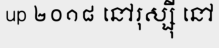
up ២០១៨ នៅរុស្ស៊ី នៅ